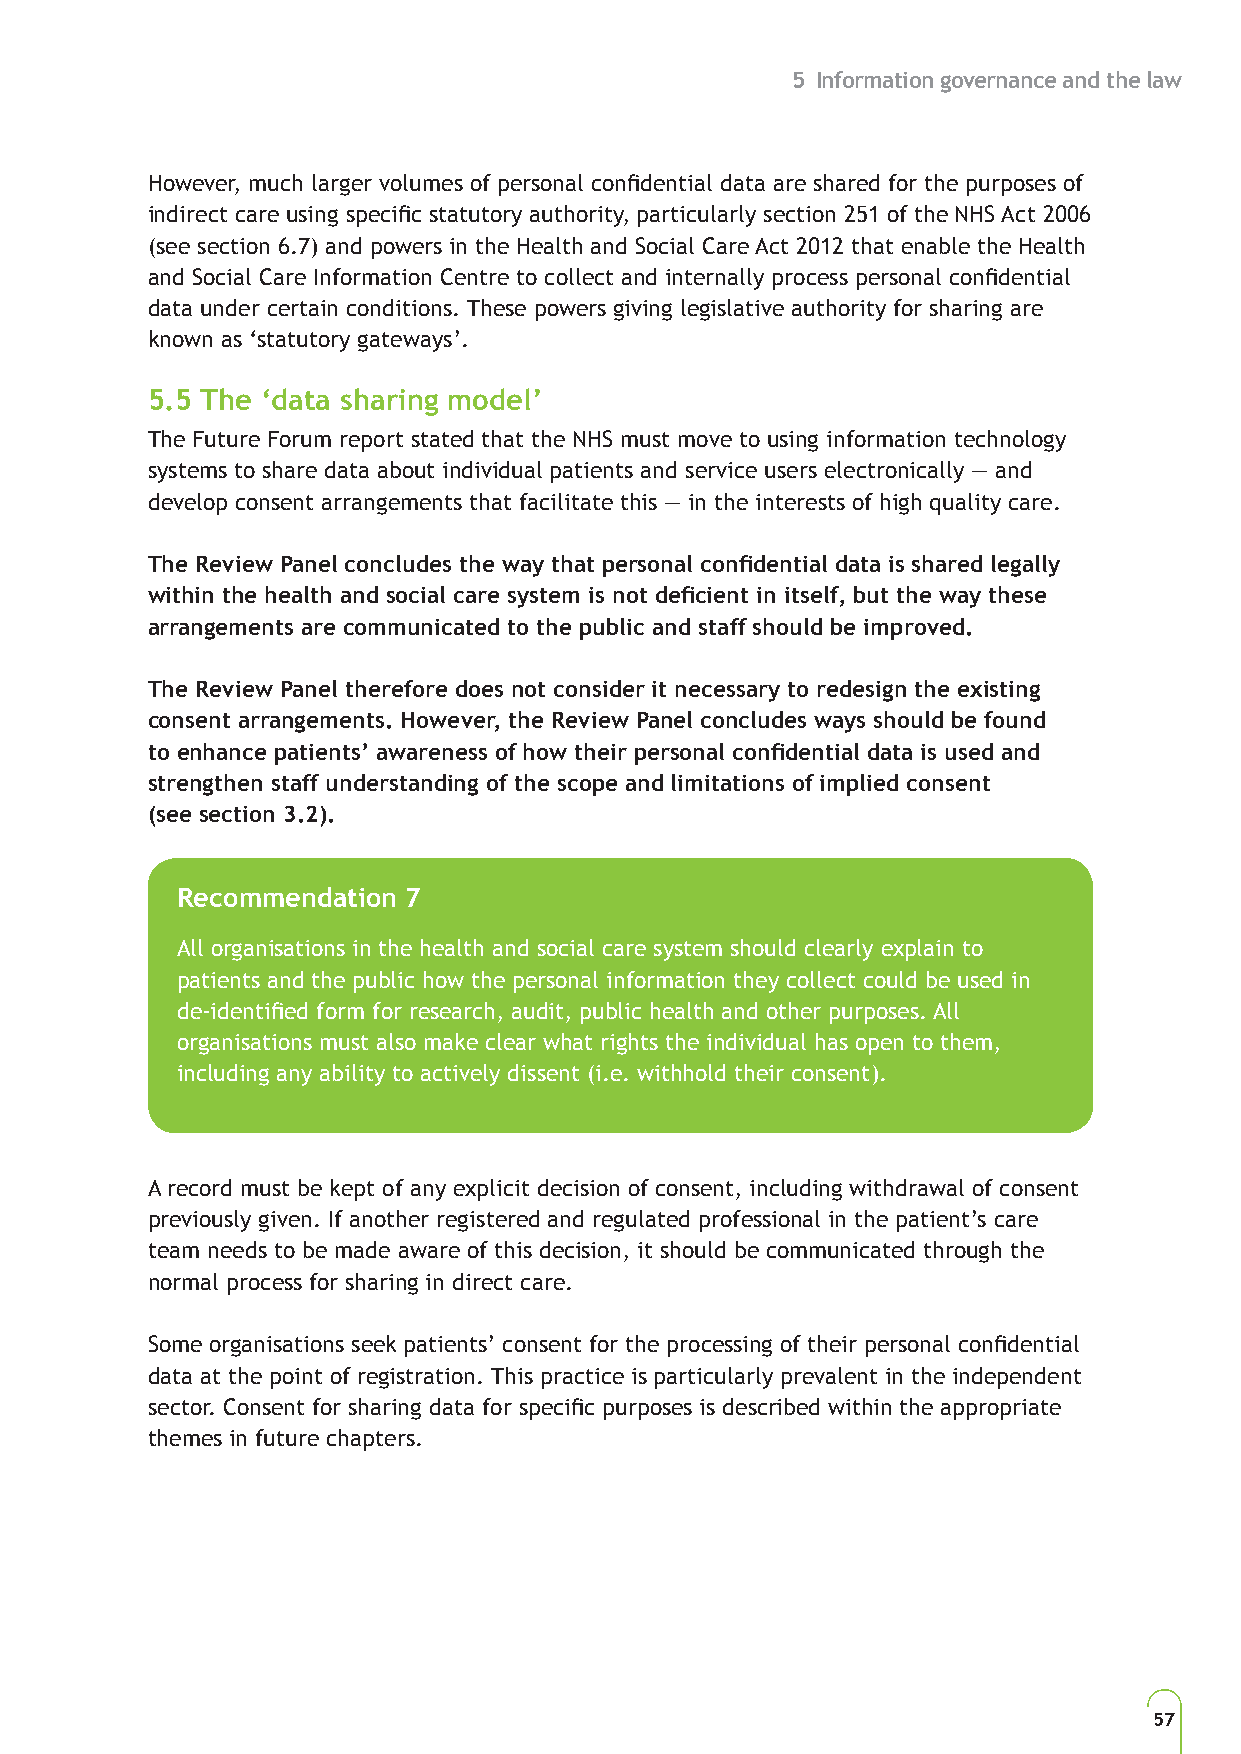
5 Information governance and the law
 However, much larger volumes of personal confidential data are shared for the purposes of
 indirect care using specific statutory authority, particularly section 251 of the NHS Act 2006
 (see section 6.7) and powers in the Health and Social Care Act 2012 that enable the Health
 and Social Care Information Centre to collect and internally process personal confidential
 data under certain conditions. These powers giving legislative authority for sharing are
 known as ‘statutory gateways’.
 5.5 The ‘data sharing model’
 The Future Forum report stated that the NHS must move to using information technology
 systems to share data about individual patients and service users electronically — and
 develop consent arrangements that facilitate this — in the interests of high quality care.
 The Review Panel concludes the way that personal confidential data is shared legally
 within the health and social care system is not deficient in itself, but the way these
 arrangements are communicated to the public and staff should be improved.
 The Review Panel therefore does not consider it necessary to redesign the existing
 consent arrangements. However, the Review Panel concludes ways should be found
 to enhance patients’ awareness of how their personal confidential data is used and
 strengthen staff understanding of the scope and limitations of implied consent
 (see section 3.2).
 Recommendation 7
 All organisations in the health and social care system should clearly explain to
 patients and the public how the personal information they collect could be used in
 de-identified form for research, audit, public health and other purposes. All
 organisations must also make clear what rights the individual has open to them,
 including any ability to actively dissent (i.e. withhold their consent).
 A record must be kept of any explicit decision of consent, including withdrawal of consent
 previously given. If another registered and regulated professional in the patient’s care
 team needs to be made aware of this decision, it should be communicated through the
 normal process for sharing in direct care.
 Some organisations seek patients’ consent for the processing of their personal confidential
 data at the point of registration. This practice is particularly prevalent in the independent
 sector. Consent for sharing data for specific purposes is described within the appropriate
 themes in future chapters.
 57